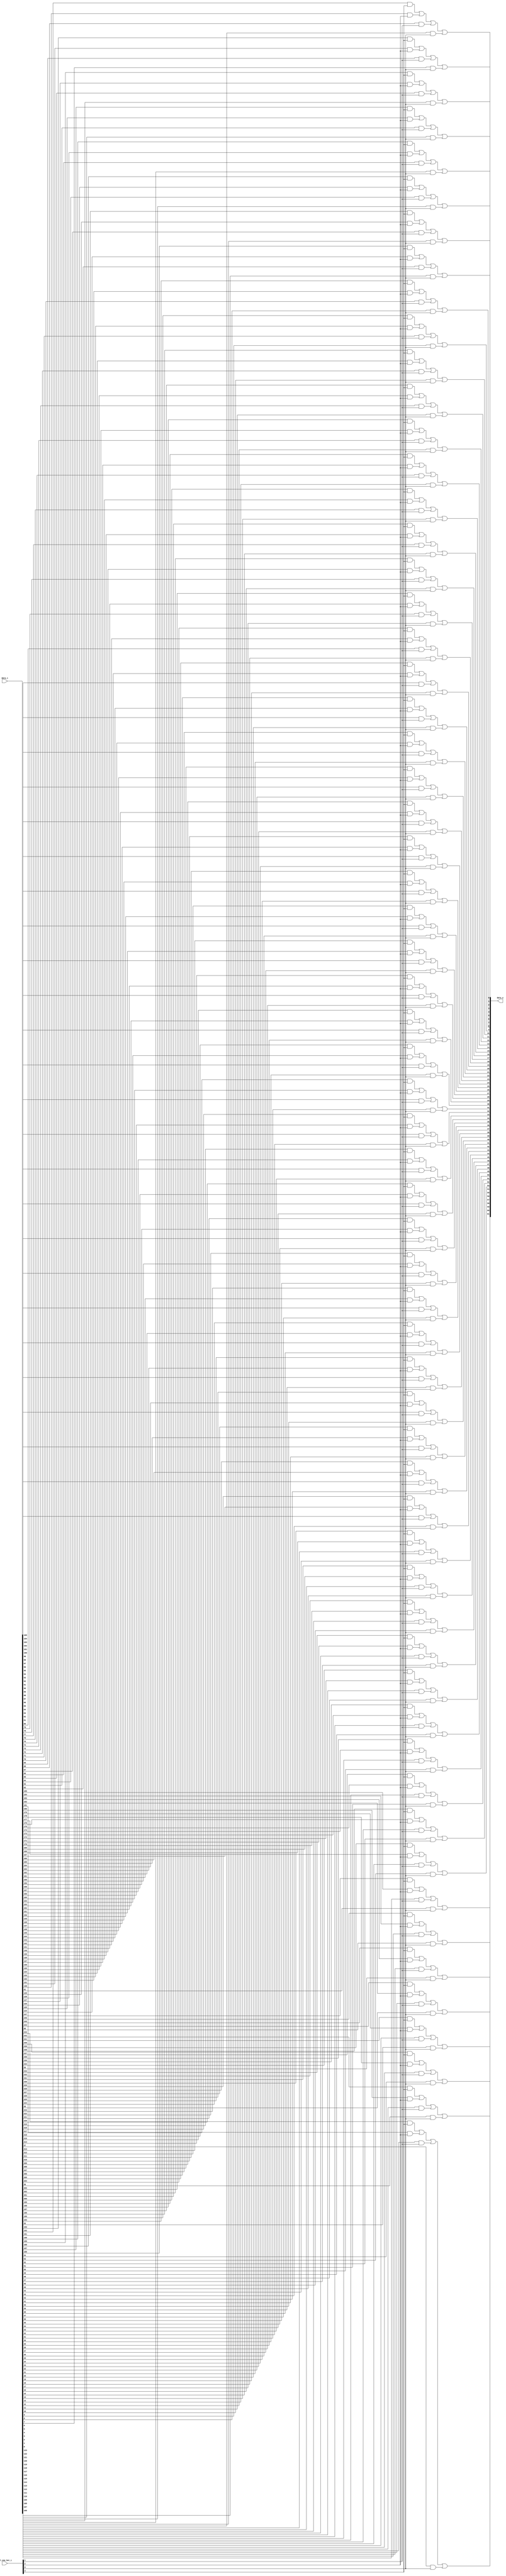
module bsg_mux_one_hot_width_p62_els_p4
(
  data_i,
  sel_one_hot_i,
  data_o
);

  input [247:0] data_i;
  input [3:0] sel_one_hot_i;
  output [61:0] data_o;
  wire [61:0] data_o;
  wire N0,N1,N2,N3,N4,N5,N6,N7,N8,N9,N10,N11,N12,N13,N14,N15,N16,N17,N18,N19,N20,N21,
  N22,N23,N24,N25,N26,N27,N28,N29,N30,N31,N32,N33,N34,N35,N36,N37,N38,N39,N40,N41,
  N42,N43,N44,N45,N46,N47,N48,N49,N50,N51,N52,N53,N54,N55,N56,N57,N58,N59,N60,N61,
  N62,N63,N64,N65,N66,N67,N68,N69,N70,N71,N72,N73,N74,N75,N76,N77,N78,N79,N80,N81,
  N82,N83,N84,N85,N86,N87,N88,N89,N90,N91,N92,N93,N94,N95,N96,N97,N98,N99,N100,N101,
  N102,N103,N104,N105,N106,N107,N108,N109,N110,N111,N112,N113,N114,N115,N116,N117,
  N118,N119,N120,N121,N122,N123;
  wire [247:0] data_masked;
  assign data_masked[61] = data_i[61] & sel_one_hot_i[0];
  assign data_masked[60] = data_i[60] & sel_one_hot_i[0];
  assign data_masked[59] = data_i[59] & sel_one_hot_i[0];
  assign data_masked[58] = data_i[58] & sel_one_hot_i[0];
  assign data_masked[57] = data_i[57] & sel_one_hot_i[0];
  assign data_masked[56] = data_i[56] & sel_one_hot_i[0];
  assign data_masked[55] = data_i[55] & sel_one_hot_i[0];
  assign data_masked[54] = data_i[54] & sel_one_hot_i[0];
  assign data_masked[53] = data_i[53] & sel_one_hot_i[0];
  assign data_masked[52] = data_i[52] & sel_one_hot_i[0];
  assign data_masked[51] = data_i[51] & sel_one_hot_i[0];
  assign data_masked[50] = data_i[50] & sel_one_hot_i[0];
  assign data_masked[49] = data_i[49] & sel_one_hot_i[0];
  assign data_masked[48] = data_i[48] & sel_one_hot_i[0];
  assign data_masked[47] = data_i[47] & sel_one_hot_i[0];
  assign data_masked[46] = data_i[46] & sel_one_hot_i[0];
  assign data_masked[45] = data_i[45] & sel_one_hot_i[0];
  assign data_masked[44] = data_i[44] & sel_one_hot_i[0];
  assign data_masked[43] = data_i[43] & sel_one_hot_i[0];
  assign data_masked[42] = data_i[42] & sel_one_hot_i[0];
  assign data_masked[41] = data_i[41] & sel_one_hot_i[0];
  assign data_masked[40] = data_i[40] & sel_one_hot_i[0];
  assign data_masked[39] = data_i[39] & sel_one_hot_i[0];
  assign data_masked[38] = data_i[38] & sel_one_hot_i[0];
  assign data_masked[37] = data_i[37] & sel_one_hot_i[0];
  assign data_masked[36] = data_i[36] & sel_one_hot_i[0];
  assign data_masked[35] = data_i[35] & sel_one_hot_i[0];
  assign data_masked[34] = data_i[34] & sel_one_hot_i[0];
  assign data_masked[33] = data_i[33] & sel_one_hot_i[0];
  assign data_masked[32] = data_i[32] & sel_one_hot_i[0];
  assign data_masked[31] = data_i[31] & sel_one_hot_i[0];
  assign data_masked[30] = data_i[30] & sel_one_hot_i[0];
  assign data_masked[29] = data_i[29] & sel_one_hot_i[0];
  assign data_masked[28] = data_i[28] & sel_one_hot_i[0];
  assign data_masked[27] = data_i[27] & sel_one_hot_i[0];
  assign data_masked[26] = data_i[26] & sel_one_hot_i[0];
  assign data_masked[25] = data_i[25] & sel_one_hot_i[0];
  assign data_masked[24] = data_i[24] & sel_one_hot_i[0];
  assign data_masked[23] = data_i[23] & sel_one_hot_i[0];
  assign data_masked[22] = data_i[22] & sel_one_hot_i[0];
  assign data_masked[21] = data_i[21] & sel_one_hot_i[0];
  assign data_masked[20] = data_i[20] & sel_one_hot_i[0];
  assign data_masked[19] = data_i[19] & sel_one_hot_i[0];
  assign data_masked[18] = data_i[18] & sel_one_hot_i[0];
  assign data_masked[17] = data_i[17] & sel_one_hot_i[0];
  assign data_masked[16] = data_i[16] & sel_one_hot_i[0];
  assign data_masked[15] = data_i[15] & sel_one_hot_i[0];
  assign data_masked[14] = data_i[14] & sel_one_hot_i[0];
  assign data_masked[13] = data_i[13] & sel_one_hot_i[0];
  assign data_masked[12] = data_i[12] & sel_one_hot_i[0];
  assign data_masked[11] = data_i[11] & sel_one_hot_i[0];
  assign data_masked[10] = data_i[10] & sel_one_hot_i[0];
  assign data_masked[9] = data_i[9] & sel_one_hot_i[0];
  assign data_masked[8] = data_i[8] & sel_one_hot_i[0];
  assign data_masked[7] = data_i[7] & sel_one_hot_i[0];
  assign data_masked[6] = data_i[6] & sel_one_hot_i[0];
  assign data_masked[5] = data_i[5] & sel_one_hot_i[0];
  assign data_masked[4] = data_i[4] & sel_one_hot_i[0];
  assign data_masked[3] = data_i[3] & sel_one_hot_i[0];
  assign data_masked[2] = data_i[2] & sel_one_hot_i[0];
  assign data_masked[1] = data_i[1] & sel_one_hot_i[0];
  assign data_masked[0] = data_i[0] & sel_one_hot_i[0];
  assign data_masked[123] = data_i[123] & sel_one_hot_i[1];
  assign data_masked[122] = data_i[122] & sel_one_hot_i[1];
  assign data_masked[121] = data_i[121] & sel_one_hot_i[1];
  assign data_masked[120] = data_i[120] & sel_one_hot_i[1];
  assign data_masked[119] = data_i[119] & sel_one_hot_i[1];
  assign data_masked[118] = data_i[118] & sel_one_hot_i[1];
  assign data_masked[117] = data_i[117] & sel_one_hot_i[1];
  assign data_masked[116] = data_i[116] & sel_one_hot_i[1];
  assign data_masked[115] = data_i[115] & sel_one_hot_i[1];
  assign data_masked[114] = data_i[114] & sel_one_hot_i[1];
  assign data_masked[113] = data_i[113] & sel_one_hot_i[1];
  assign data_masked[112] = data_i[112] & sel_one_hot_i[1];
  assign data_masked[111] = data_i[111] & sel_one_hot_i[1];
  assign data_masked[110] = data_i[110] & sel_one_hot_i[1];
  assign data_masked[109] = data_i[109] & sel_one_hot_i[1];
  assign data_masked[108] = data_i[108] & sel_one_hot_i[1];
  assign data_masked[107] = data_i[107] & sel_one_hot_i[1];
  assign data_masked[106] = data_i[106] & sel_one_hot_i[1];
  assign data_masked[105] = data_i[105] & sel_one_hot_i[1];
  assign data_masked[104] = data_i[104] & sel_one_hot_i[1];
  assign data_masked[103] = data_i[103] & sel_one_hot_i[1];
  assign data_masked[102] = data_i[102] & sel_one_hot_i[1];
  assign data_masked[101] = data_i[101] & sel_one_hot_i[1];
  assign data_masked[100] = data_i[100] & sel_one_hot_i[1];
  assign data_masked[99] = data_i[99] & sel_one_hot_i[1];
  assign data_masked[98] = data_i[98] & sel_one_hot_i[1];
  assign data_masked[97] = data_i[97] & sel_one_hot_i[1];
  assign data_masked[96] = data_i[96] & sel_one_hot_i[1];
  assign data_masked[95] = data_i[95] & sel_one_hot_i[1];
  assign data_masked[94] = data_i[94] & sel_one_hot_i[1];
  assign data_masked[93] = data_i[93] & sel_one_hot_i[1];
  assign data_masked[92] = data_i[92] & sel_one_hot_i[1];
  assign data_masked[91] = data_i[91] & sel_one_hot_i[1];
  assign data_masked[90] = data_i[90] & sel_one_hot_i[1];
  assign data_masked[89] = data_i[89] & sel_one_hot_i[1];
  assign data_masked[88] = data_i[88] & sel_one_hot_i[1];
  assign data_masked[87] = data_i[87] & sel_one_hot_i[1];
  assign data_masked[86] = data_i[86] & sel_one_hot_i[1];
  assign data_masked[85] = data_i[85] & sel_one_hot_i[1];
  assign data_masked[84] = data_i[84] & sel_one_hot_i[1];
  assign data_masked[83] = data_i[83] & sel_one_hot_i[1];
  assign data_masked[82] = data_i[82] & sel_one_hot_i[1];
  assign data_masked[81] = data_i[81] & sel_one_hot_i[1];
  assign data_masked[80] = data_i[80] & sel_one_hot_i[1];
  assign data_masked[79] = data_i[79] & sel_one_hot_i[1];
  assign data_masked[78] = data_i[78] & sel_one_hot_i[1];
  assign data_masked[77] = data_i[77] & sel_one_hot_i[1];
  assign data_masked[76] = data_i[76] & sel_one_hot_i[1];
  assign data_masked[75] = data_i[75] & sel_one_hot_i[1];
  assign data_masked[74] = data_i[74] & sel_one_hot_i[1];
  assign data_masked[73] = data_i[73] & sel_one_hot_i[1];
  assign data_masked[72] = data_i[72] & sel_one_hot_i[1];
  assign data_masked[71] = data_i[71] & sel_one_hot_i[1];
  assign data_masked[70] = data_i[70] & sel_one_hot_i[1];
  assign data_masked[69] = data_i[69] & sel_one_hot_i[1];
  assign data_masked[68] = data_i[68] & sel_one_hot_i[1];
  assign data_masked[67] = data_i[67] & sel_one_hot_i[1];
  assign data_masked[66] = data_i[66] & sel_one_hot_i[1];
  assign data_masked[65] = data_i[65] & sel_one_hot_i[1];
  assign data_masked[64] = data_i[64] & sel_one_hot_i[1];
  assign data_masked[63] = data_i[63] & sel_one_hot_i[1];
  assign data_masked[62] = data_i[62] & sel_one_hot_i[1];
  assign data_masked[185] = data_i[185] & sel_one_hot_i[2];
  assign data_masked[184] = data_i[184] & sel_one_hot_i[2];
  assign data_masked[183] = data_i[183] & sel_one_hot_i[2];
  assign data_masked[182] = data_i[182] & sel_one_hot_i[2];
  assign data_masked[181] = data_i[181] & sel_one_hot_i[2];
  assign data_masked[180] = data_i[180] & sel_one_hot_i[2];
  assign data_masked[179] = data_i[179] & sel_one_hot_i[2];
  assign data_masked[178] = data_i[178] & sel_one_hot_i[2];
  assign data_masked[177] = data_i[177] & sel_one_hot_i[2];
  assign data_masked[176] = data_i[176] & sel_one_hot_i[2];
  assign data_masked[175] = data_i[175] & sel_one_hot_i[2];
  assign data_masked[174] = data_i[174] & sel_one_hot_i[2];
  assign data_masked[173] = data_i[173] & sel_one_hot_i[2];
  assign data_masked[172] = data_i[172] & sel_one_hot_i[2];
  assign data_masked[171] = data_i[171] & sel_one_hot_i[2];
  assign data_masked[170] = data_i[170] & sel_one_hot_i[2];
  assign data_masked[169] = data_i[169] & sel_one_hot_i[2];
  assign data_masked[168] = data_i[168] & sel_one_hot_i[2];
  assign data_masked[167] = data_i[167] & sel_one_hot_i[2];
  assign data_masked[166] = data_i[166] & sel_one_hot_i[2];
  assign data_masked[165] = data_i[165] & sel_one_hot_i[2];
  assign data_masked[164] = data_i[164] & sel_one_hot_i[2];
  assign data_masked[163] = data_i[163] & sel_one_hot_i[2];
  assign data_masked[162] = data_i[162] & sel_one_hot_i[2];
  assign data_masked[161] = data_i[161] & sel_one_hot_i[2];
  assign data_masked[160] = data_i[160] & sel_one_hot_i[2];
  assign data_masked[159] = data_i[159] & sel_one_hot_i[2];
  assign data_masked[158] = data_i[158] & sel_one_hot_i[2];
  assign data_masked[157] = data_i[157] & sel_one_hot_i[2];
  assign data_masked[156] = data_i[156] & sel_one_hot_i[2];
  assign data_masked[155] = data_i[155] & sel_one_hot_i[2];
  assign data_masked[154] = data_i[154] & sel_one_hot_i[2];
  assign data_masked[153] = data_i[153] & sel_one_hot_i[2];
  assign data_masked[152] = data_i[152] & sel_one_hot_i[2];
  assign data_masked[151] = data_i[151] & sel_one_hot_i[2];
  assign data_masked[150] = data_i[150] & sel_one_hot_i[2];
  assign data_masked[149] = data_i[149] & sel_one_hot_i[2];
  assign data_masked[148] = data_i[148] & sel_one_hot_i[2];
  assign data_masked[147] = data_i[147] & sel_one_hot_i[2];
  assign data_masked[146] = data_i[146] & sel_one_hot_i[2];
  assign data_masked[145] = data_i[145] & sel_one_hot_i[2];
  assign data_masked[144] = data_i[144] & sel_one_hot_i[2];
  assign data_masked[143] = data_i[143] & sel_one_hot_i[2];
  assign data_masked[142] = data_i[142] & sel_one_hot_i[2];
  assign data_masked[141] = data_i[141] & sel_one_hot_i[2];
  assign data_masked[140] = data_i[140] & sel_one_hot_i[2];
  assign data_masked[139] = data_i[139] & sel_one_hot_i[2];
  assign data_masked[138] = data_i[138] & sel_one_hot_i[2];
  assign data_masked[137] = data_i[137] & sel_one_hot_i[2];
  assign data_masked[136] = data_i[136] & sel_one_hot_i[2];
  assign data_masked[135] = data_i[135] & sel_one_hot_i[2];
  assign data_masked[134] = data_i[134] & sel_one_hot_i[2];
  assign data_masked[133] = data_i[133] & sel_one_hot_i[2];
  assign data_masked[132] = data_i[132] & sel_one_hot_i[2];
  assign data_masked[131] = data_i[131] & sel_one_hot_i[2];
  assign data_masked[130] = data_i[130] & sel_one_hot_i[2];
  assign data_masked[129] = data_i[129] & sel_one_hot_i[2];
  assign data_masked[128] = data_i[128] & sel_one_hot_i[2];
  assign data_masked[127] = data_i[127] & sel_one_hot_i[2];
  assign data_masked[126] = data_i[126] & sel_one_hot_i[2];
  assign data_masked[125] = data_i[125] & sel_one_hot_i[2];
  assign data_masked[124] = data_i[124] & sel_one_hot_i[2];
  assign data_masked[247] = data_i[247] & sel_one_hot_i[3];
  assign data_masked[246] = data_i[246] & sel_one_hot_i[3];
  assign data_masked[245] = data_i[245] & sel_one_hot_i[3];
  assign data_masked[244] = data_i[244] & sel_one_hot_i[3];
  assign data_masked[243] = data_i[243] & sel_one_hot_i[3];
  assign data_masked[242] = data_i[242] & sel_one_hot_i[3];
  assign data_masked[241] = data_i[241] & sel_one_hot_i[3];
  assign data_masked[240] = data_i[240] & sel_one_hot_i[3];
  assign data_masked[239] = data_i[239] & sel_one_hot_i[3];
  assign data_masked[238] = data_i[238] & sel_one_hot_i[3];
  assign data_masked[237] = data_i[237] & sel_one_hot_i[3];
  assign data_masked[236] = data_i[236] & sel_one_hot_i[3];
  assign data_masked[235] = data_i[235] & sel_one_hot_i[3];
  assign data_masked[234] = data_i[234] & sel_one_hot_i[3];
  assign data_masked[233] = data_i[233] & sel_one_hot_i[3];
  assign data_masked[232] = data_i[232] & sel_one_hot_i[3];
  assign data_masked[231] = data_i[231] & sel_one_hot_i[3];
  assign data_masked[230] = data_i[230] & sel_one_hot_i[3];
  assign data_masked[229] = data_i[229] & sel_one_hot_i[3];
  assign data_masked[228] = data_i[228] & sel_one_hot_i[3];
  assign data_masked[227] = data_i[227] & sel_one_hot_i[3];
  assign data_masked[226] = data_i[226] & sel_one_hot_i[3];
  assign data_masked[225] = data_i[225] & sel_one_hot_i[3];
  assign data_masked[224] = data_i[224] & sel_one_hot_i[3];
  assign data_masked[223] = data_i[223] & sel_one_hot_i[3];
  assign data_masked[222] = data_i[222] & sel_one_hot_i[3];
  assign data_masked[221] = data_i[221] & sel_one_hot_i[3];
  assign data_masked[220] = data_i[220] & sel_one_hot_i[3];
  assign data_masked[219] = data_i[219] & sel_one_hot_i[3];
  assign data_masked[218] = data_i[218] & sel_one_hot_i[3];
  assign data_masked[217] = data_i[217] & sel_one_hot_i[3];
  assign data_masked[216] = data_i[216] & sel_one_hot_i[3];
  assign data_masked[215] = data_i[215] & sel_one_hot_i[3];
  assign data_masked[214] = data_i[214] & sel_one_hot_i[3];
  assign data_masked[213] = data_i[213] & sel_one_hot_i[3];
  assign data_masked[212] = data_i[212] & sel_one_hot_i[3];
  assign data_masked[211] = data_i[211] & sel_one_hot_i[3];
  assign data_masked[210] = data_i[210] & sel_one_hot_i[3];
  assign data_masked[209] = data_i[209] & sel_one_hot_i[3];
  assign data_masked[208] = data_i[208] & sel_one_hot_i[3];
  assign data_masked[207] = data_i[207] & sel_one_hot_i[3];
  assign data_masked[206] = data_i[206] & sel_one_hot_i[3];
  assign data_masked[205] = data_i[205] & sel_one_hot_i[3];
  assign data_masked[204] = data_i[204] & sel_one_hot_i[3];
  assign data_masked[203] = data_i[203] & sel_one_hot_i[3];
  assign data_masked[202] = data_i[202] & sel_one_hot_i[3];
  assign data_masked[201] = data_i[201] & sel_one_hot_i[3];
  assign data_masked[200] = data_i[200] & sel_one_hot_i[3];
  assign data_masked[199] = data_i[199] & sel_one_hot_i[3];
  assign data_masked[198] = data_i[198] & sel_one_hot_i[3];
  assign data_masked[197] = data_i[197] & sel_one_hot_i[3];
  assign data_masked[196] = data_i[196] & sel_one_hot_i[3];
  assign data_masked[195] = data_i[195] & sel_one_hot_i[3];
  assign data_masked[194] = data_i[194] & sel_one_hot_i[3];
  assign data_masked[193] = data_i[193] & sel_one_hot_i[3];
  assign data_masked[192] = data_i[192] & sel_one_hot_i[3];
  assign data_masked[191] = data_i[191] & sel_one_hot_i[3];
  assign data_masked[190] = data_i[190] & sel_one_hot_i[3];
  assign data_masked[189] = data_i[189] & sel_one_hot_i[3];
  assign data_masked[188] = data_i[188] & sel_one_hot_i[3];
  assign data_masked[187] = data_i[187] & sel_one_hot_i[3];
  assign data_masked[186] = data_i[186] & sel_one_hot_i[3];
  assign data_o[0] = N1 | data_masked[0];
  assign N1 = N0 | data_masked[62];
  assign N0 = data_masked[186] | data_masked[124];
  assign data_o[1] = N3 | data_masked[1];
  assign N3 = N2 | data_masked[63];
  assign N2 = data_masked[187] | data_masked[125];
  assign data_o[2] = N5 | data_masked[2];
  assign N5 = N4 | data_masked[64];
  assign N4 = data_masked[188] | data_masked[126];
  assign data_o[3] = N7 | data_masked[3];
  assign N7 = N6 | data_masked[65];
  assign N6 = data_masked[189] | data_masked[127];
  assign data_o[4] = N9 | data_masked[4];
  assign N9 = N8 | data_masked[66];
  assign N8 = data_masked[190] | data_masked[128];
  assign data_o[5] = N11 | data_masked[5];
  assign N11 = N10 | data_masked[67];
  assign N10 = data_masked[191] | data_masked[129];
  assign data_o[6] = N13 | data_masked[6];
  assign N13 = N12 | data_masked[68];
  assign N12 = data_masked[192] | data_masked[130];
  assign data_o[7] = N15 | data_masked[7];
  assign N15 = N14 | data_masked[69];
  assign N14 = data_masked[193] | data_masked[131];
  assign data_o[8] = N17 | data_masked[8];
  assign N17 = N16 | data_masked[70];
  assign N16 = data_masked[194] | data_masked[132];
  assign data_o[9] = N19 | data_masked[9];
  assign N19 = N18 | data_masked[71];
  assign N18 = data_masked[195] | data_masked[133];
  assign data_o[10] = N21 | data_masked[10];
  assign N21 = N20 | data_masked[72];
  assign N20 = data_masked[196] | data_masked[134];
  assign data_o[11] = N23 | data_masked[11];
  assign N23 = N22 | data_masked[73];
  assign N22 = data_masked[197] | data_masked[135];
  assign data_o[12] = N25 | data_masked[12];
  assign N25 = N24 | data_masked[74];
  assign N24 = data_masked[198] | data_masked[136];
  assign data_o[13] = N27 | data_masked[13];
  assign N27 = N26 | data_masked[75];
  assign N26 = data_masked[199] | data_masked[137];
  assign data_o[14] = N29 | data_masked[14];
  assign N29 = N28 | data_masked[76];
  assign N28 = data_masked[200] | data_masked[138];
  assign data_o[15] = N31 | data_masked[15];
  assign N31 = N30 | data_masked[77];
  assign N30 = data_masked[201] | data_masked[139];
  assign data_o[16] = N33 | data_masked[16];
  assign N33 = N32 | data_masked[78];
  assign N32 = data_masked[202] | data_masked[140];
  assign data_o[17] = N35 | data_masked[17];
  assign N35 = N34 | data_masked[79];
  assign N34 = data_masked[203] | data_masked[141];
  assign data_o[18] = N37 | data_masked[18];
  assign N37 = N36 | data_masked[80];
  assign N36 = data_masked[204] | data_masked[142];
  assign data_o[19] = N39 | data_masked[19];
  assign N39 = N38 | data_masked[81];
  assign N38 = data_masked[205] | data_masked[143];
  assign data_o[20] = N41 | data_masked[20];
  assign N41 = N40 | data_masked[82];
  assign N40 = data_masked[206] | data_masked[144];
  assign data_o[21] = N43 | data_masked[21];
  assign N43 = N42 | data_masked[83];
  assign N42 = data_masked[207] | data_masked[145];
  assign data_o[22] = N45 | data_masked[22];
  assign N45 = N44 | data_masked[84];
  assign N44 = data_masked[208] | data_masked[146];
  assign data_o[23] = N47 | data_masked[23];
  assign N47 = N46 | data_masked[85];
  assign N46 = data_masked[209] | data_masked[147];
  assign data_o[24] = N49 | data_masked[24];
  assign N49 = N48 | data_masked[86];
  assign N48 = data_masked[210] | data_masked[148];
  assign data_o[25] = N51 | data_masked[25];
  assign N51 = N50 | data_masked[87];
  assign N50 = data_masked[211] | data_masked[149];
  assign data_o[26] = N53 | data_masked[26];
  assign N53 = N52 | data_masked[88];
  assign N52 = data_masked[212] | data_masked[150];
  assign data_o[27] = N55 | data_masked[27];
  assign N55 = N54 | data_masked[89];
  assign N54 = data_masked[213] | data_masked[151];
  assign data_o[28] = N57 | data_masked[28];
  assign N57 = N56 | data_masked[90];
  assign N56 = data_masked[214] | data_masked[152];
  assign data_o[29] = N59 | data_masked[29];
  assign N59 = N58 | data_masked[91];
  assign N58 = data_masked[215] | data_masked[153];
  assign data_o[30] = N61 | data_masked[30];
  assign N61 = N60 | data_masked[92];
  assign N60 = data_masked[216] | data_masked[154];
  assign data_o[31] = N63 | data_masked[31];
  assign N63 = N62 | data_masked[93];
  assign N62 = data_masked[217] | data_masked[155];
  assign data_o[32] = N65 | data_masked[32];
  assign N65 = N64 | data_masked[94];
  assign N64 = data_masked[218] | data_masked[156];
  assign data_o[33] = N67 | data_masked[33];
  assign N67 = N66 | data_masked[95];
  assign N66 = data_masked[219] | data_masked[157];
  assign data_o[34] = N69 | data_masked[34];
  assign N69 = N68 | data_masked[96];
  assign N68 = data_masked[220] | data_masked[158];
  assign data_o[35] = N71 | data_masked[35];
  assign N71 = N70 | data_masked[97];
  assign N70 = data_masked[221] | data_masked[159];
  assign data_o[36] = N73 | data_masked[36];
  assign N73 = N72 | data_masked[98];
  assign N72 = data_masked[222] | data_masked[160];
  assign data_o[37] = N75 | data_masked[37];
  assign N75 = N74 | data_masked[99];
  assign N74 = data_masked[223] | data_masked[161];
  assign data_o[38] = N77 | data_masked[38];
  assign N77 = N76 | data_masked[100];
  assign N76 = data_masked[224] | data_masked[162];
  assign data_o[39] = N79 | data_masked[39];
  assign N79 = N78 | data_masked[101];
  assign N78 = data_masked[225] | data_masked[163];
  assign data_o[40] = N81 | data_masked[40];
  assign N81 = N80 | data_masked[102];
  assign N80 = data_masked[226] | data_masked[164];
  assign data_o[41] = N83 | data_masked[41];
  assign N83 = N82 | data_masked[103];
  assign N82 = data_masked[227] | data_masked[165];
  assign data_o[42] = N85 | data_masked[42];
  assign N85 = N84 | data_masked[104];
  assign N84 = data_masked[228] | data_masked[166];
  assign data_o[43] = N87 | data_masked[43];
  assign N87 = N86 | data_masked[105];
  assign N86 = data_masked[229] | data_masked[167];
  assign data_o[44] = N89 | data_masked[44];
  assign N89 = N88 | data_masked[106];
  assign N88 = data_masked[230] | data_masked[168];
  assign data_o[45] = N91 | data_masked[45];
  assign N91 = N90 | data_masked[107];
  assign N90 = data_masked[231] | data_masked[169];
  assign data_o[46] = N93 | data_masked[46];
  assign N93 = N92 | data_masked[108];
  assign N92 = data_masked[232] | data_masked[170];
  assign data_o[47] = N95 | data_masked[47];
  assign N95 = N94 | data_masked[109];
  assign N94 = data_masked[233] | data_masked[171];
  assign data_o[48] = N97 | data_masked[48];
  assign N97 = N96 | data_masked[110];
  assign N96 = data_masked[234] | data_masked[172];
  assign data_o[49] = N99 | data_masked[49];
  assign N99 = N98 | data_masked[111];
  assign N98 = data_masked[235] | data_masked[173];
  assign data_o[50] = N101 | data_masked[50];
  assign N101 = N100 | data_masked[112];
  assign N100 = data_masked[236] | data_masked[174];
  assign data_o[51] = N103 | data_masked[51];
  assign N103 = N102 | data_masked[113];
  assign N102 = data_masked[237] | data_masked[175];
  assign data_o[52] = N105 | data_masked[52];
  assign N105 = N104 | data_masked[114];
  assign N104 = data_masked[238] | data_masked[176];
  assign data_o[53] = N107 | data_masked[53];
  assign N107 = N106 | data_masked[115];
  assign N106 = data_masked[239] | data_masked[177];
  assign data_o[54] = N109 | data_masked[54];
  assign N109 = N108 | data_masked[116];
  assign N108 = data_masked[240] | data_masked[178];
  assign data_o[55] = N111 | data_masked[55];
  assign N111 = N110 | data_masked[117];
  assign N110 = data_masked[241] | data_masked[179];
  assign data_o[56] = N113 | data_masked[56];
  assign N113 = N112 | data_masked[118];
  assign N112 = data_masked[242] | data_masked[180];
  assign data_o[57] = N115 | data_masked[57];
  assign N115 = N114 | data_masked[119];
  assign N114 = data_masked[243] | data_masked[181];
  assign data_o[58] = N117 | data_masked[58];
  assign N117 = N116 | data_masked[120];
  assign N116 = data_masked[244] | data_masked[182];
  assign data_o[59] = N119 | data_masked[59];
  assign N119 = N118 | data_masked[121];
  assign N118 = data_masked[245] | data_masked[183];
  assign data_o[60] = N121 | data_masked[60];
  assign N121 = N120 | data_masked[122];
  assign N120 = data_masked[246] | data_masked[184];
  assign data_o[61] = N123 | data_masked[61];
  assign N123 = N122 | data_masked[123];
  assign N122 = data_masked[247] | data_masked[185];

endmodule